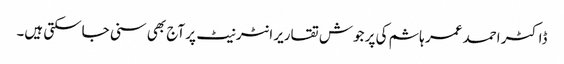
ڈاکٹر احمد عمر ہاشم کی پر جوش تقاریر انٹر نیٹ پر آج بھی سنی جاسکتی ہیں۔